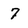
Character: 7